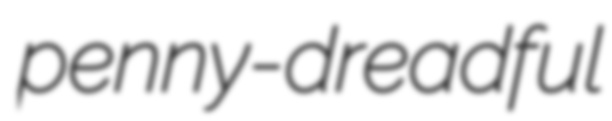
penny-dreadful